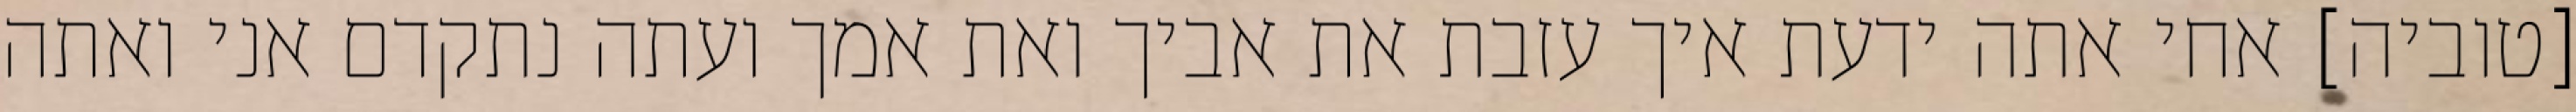
[טוביה] אחי אתה ידעת איך עזבת את אביך ואת אמך ועתה נתקדם אני ואתה